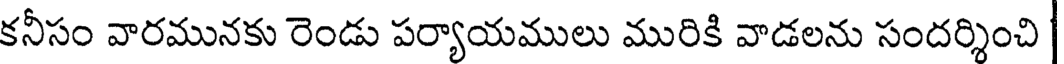
కనీసం వారమునకు రెండు పర్యాయములు మురికి వాడలను సందర్శించి